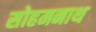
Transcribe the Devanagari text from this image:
सोहमनाथ